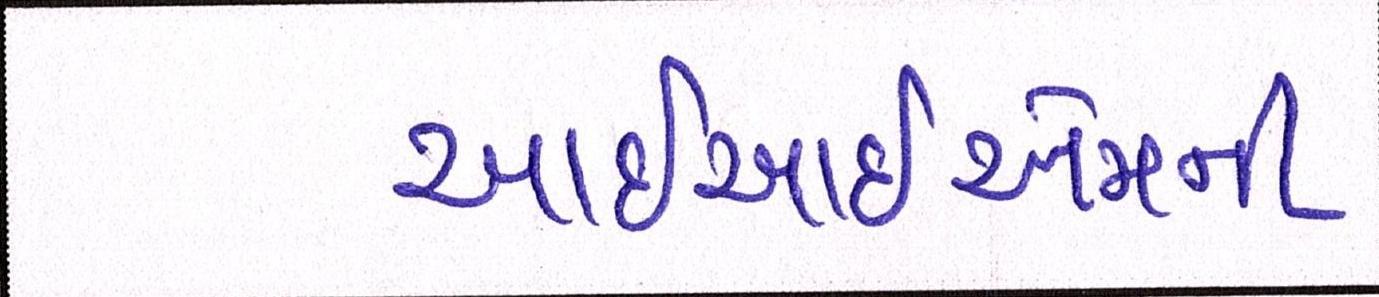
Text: આઇઆઇએમની